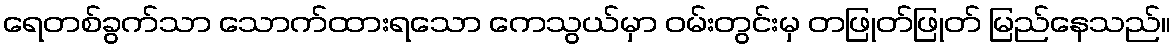
ရေတစ်ခွက်သာ သောက်ထားရသော ကေသွယ်မှာ ဝမ်းတွင်းမှ တဖြုတ်ဖြုတ် မြည်နေသည်။